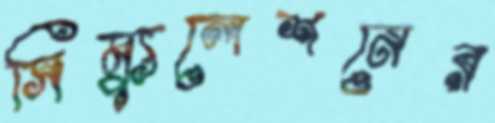
সিম্যুলেশনের